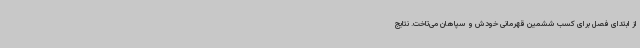
از ابتدای فصل برای کسب ششمین قهرمانی خودش و سپاهان می‌تاخت. نتایج